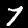
Digit: 7